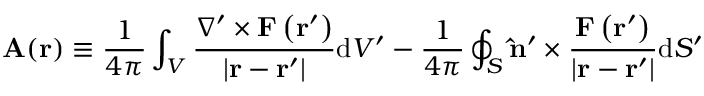
\mathbf { A } ( \mathbf { r } ) \equiv { \frac { 1 } { 4 \pi } } \int _ { V } { \frac { \nabla ^ { \prime } \times \mathbf { F } \left( \mathbf { r } ^ { \prime } \right) } { \left| \mathbf { r } - \mathbf { r } ^ { \prime } \right| } } \mathrm { d } V ^ { \prime } - { \frac { 1 } { 4 \pi } } \oint _ { S } \mathbf { \hat { n } } ^ { \prime } \times { \frac { \mathbf { F } \left( \mathbf { r } ^ { \prime } \right) } { \left| \mathbf { r } - \mathbf { r } ^ { \prime } \right| } } \mathrm { d } S ^ { \prime }